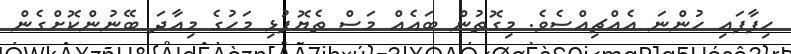
ހިފާފައި ހުންނަ އެއްޗިއްސެވެ. މިގޮތުން ބައެއް މަސް ތެޔޮފުޅި މަހުގެ މިއާދަ ބޭނުންކޮށްގެން